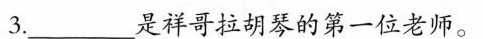
3.___是祥哥拉胡琴的第一位老师。